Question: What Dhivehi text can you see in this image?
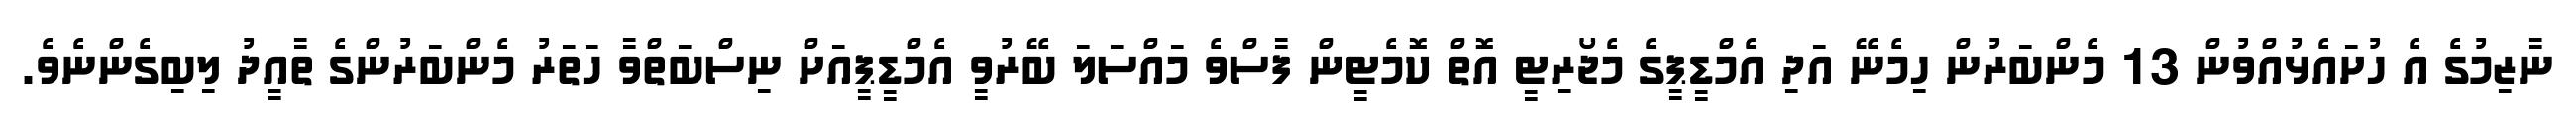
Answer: ނާޒިމުގެ އެ ހުށައެޅުއްވުން 13 މެންބަރުން ހިމެނޭ އަދި އެމްޑީޕީގެ މެޖޯރިޓީ އޮތް ކޮމެޓީން ފާސްވެ މައްސަލަ ބޭރުވީ އެމްޑީޕީއަށް ނިސްބަތްވާ ހަތަރު މެންބަރުންގެ ތާއީދު ލިބިގެންނެވެ.